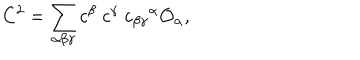
C ^ { 2 } = \sum _ { \alpha \beta \gamma } c ^ { \beta } \; c ^ { \gamma } \; c _ { \beta \gamma } { } ^ { \alpha } { \cal O } _ { \alpha } ,